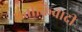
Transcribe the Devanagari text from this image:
प्रतीकिवादी